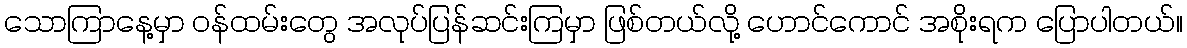
သောကြာနေ့မှာ ဝန်ထမ်းတွေ အလုပ်ပြန်ဆင်းကြမှာ ဖြစ်တယ်လို့ ဟောင်ကောင် အစိုးရက ပြောပါတယ်။